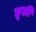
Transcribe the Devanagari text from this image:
छूछी